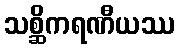
သစ္ဆိကရဏီယဿ